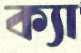
ক্যা